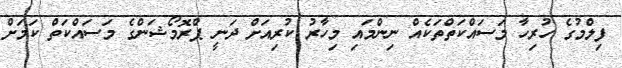
ފިލްމުގެ ހުރިހާ މަސައްކަތްތަކެއް ނިންމައި މިހާރު ކުރިއަށް ދަނީ ޕްރޮމޯޝަންގެ މަސައްކަތް ކަމަށް